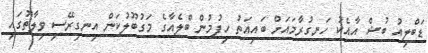
ޑަބްލިއު ބުޝް އާއެކު ހަނގުރާމައަށް ބައިއަތު ހިފުމުން ބްލެއާގެ މަގުބޫލުކަން އިނގިރޭސި ވިލާތުގައި